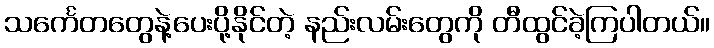
သင်္ကေတတွေနဲ့ပေးပို့နိုင်တဲ့ နည်းလမ်းတွေကို တီထွင်ခဲ့ကြပါတယ်။